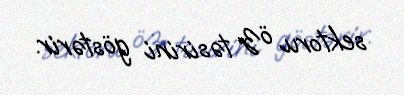
sektoru öz təsirini göstərir.